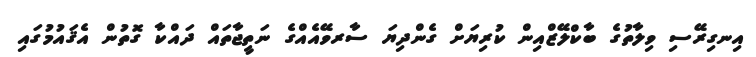
އިނގިރޭސި ވިލާތުގެ ބާކްލޭޒްއިން ކުރިޔަށް ގެންދިޔަ ސާރވޭއެއްގެ ނަތީޖާތައް ދައްކާ ގޮތުން އެޤައުމުގައި